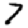
Digit: 7